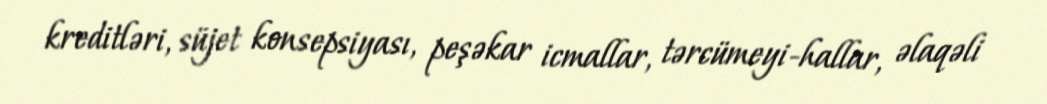
kreditləri, süjet konsepsiyası, peşəkar icmallar, tərcümeyi-hallar, əlaqəli